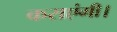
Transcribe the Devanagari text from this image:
कराएंगी।